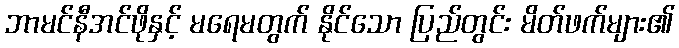
ဘာမင်နီအင်ဖိုနှင့် မရေမတွက် နိုင်သော ပြည်တွင်း မိတ်ဖက်များ၏